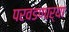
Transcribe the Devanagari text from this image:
परवडणार्‍या